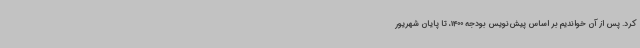
کرد. پس از آن خواندیم بر اساس پیش‌نویس بودجه 1400، تا پایان شهریور